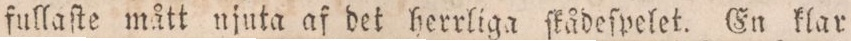
fullaſte mått njuta af det herrliga ſkådeſpelet. En klar